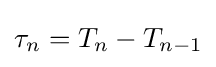
\tau _{n}=T_{n}-T_{n-1}